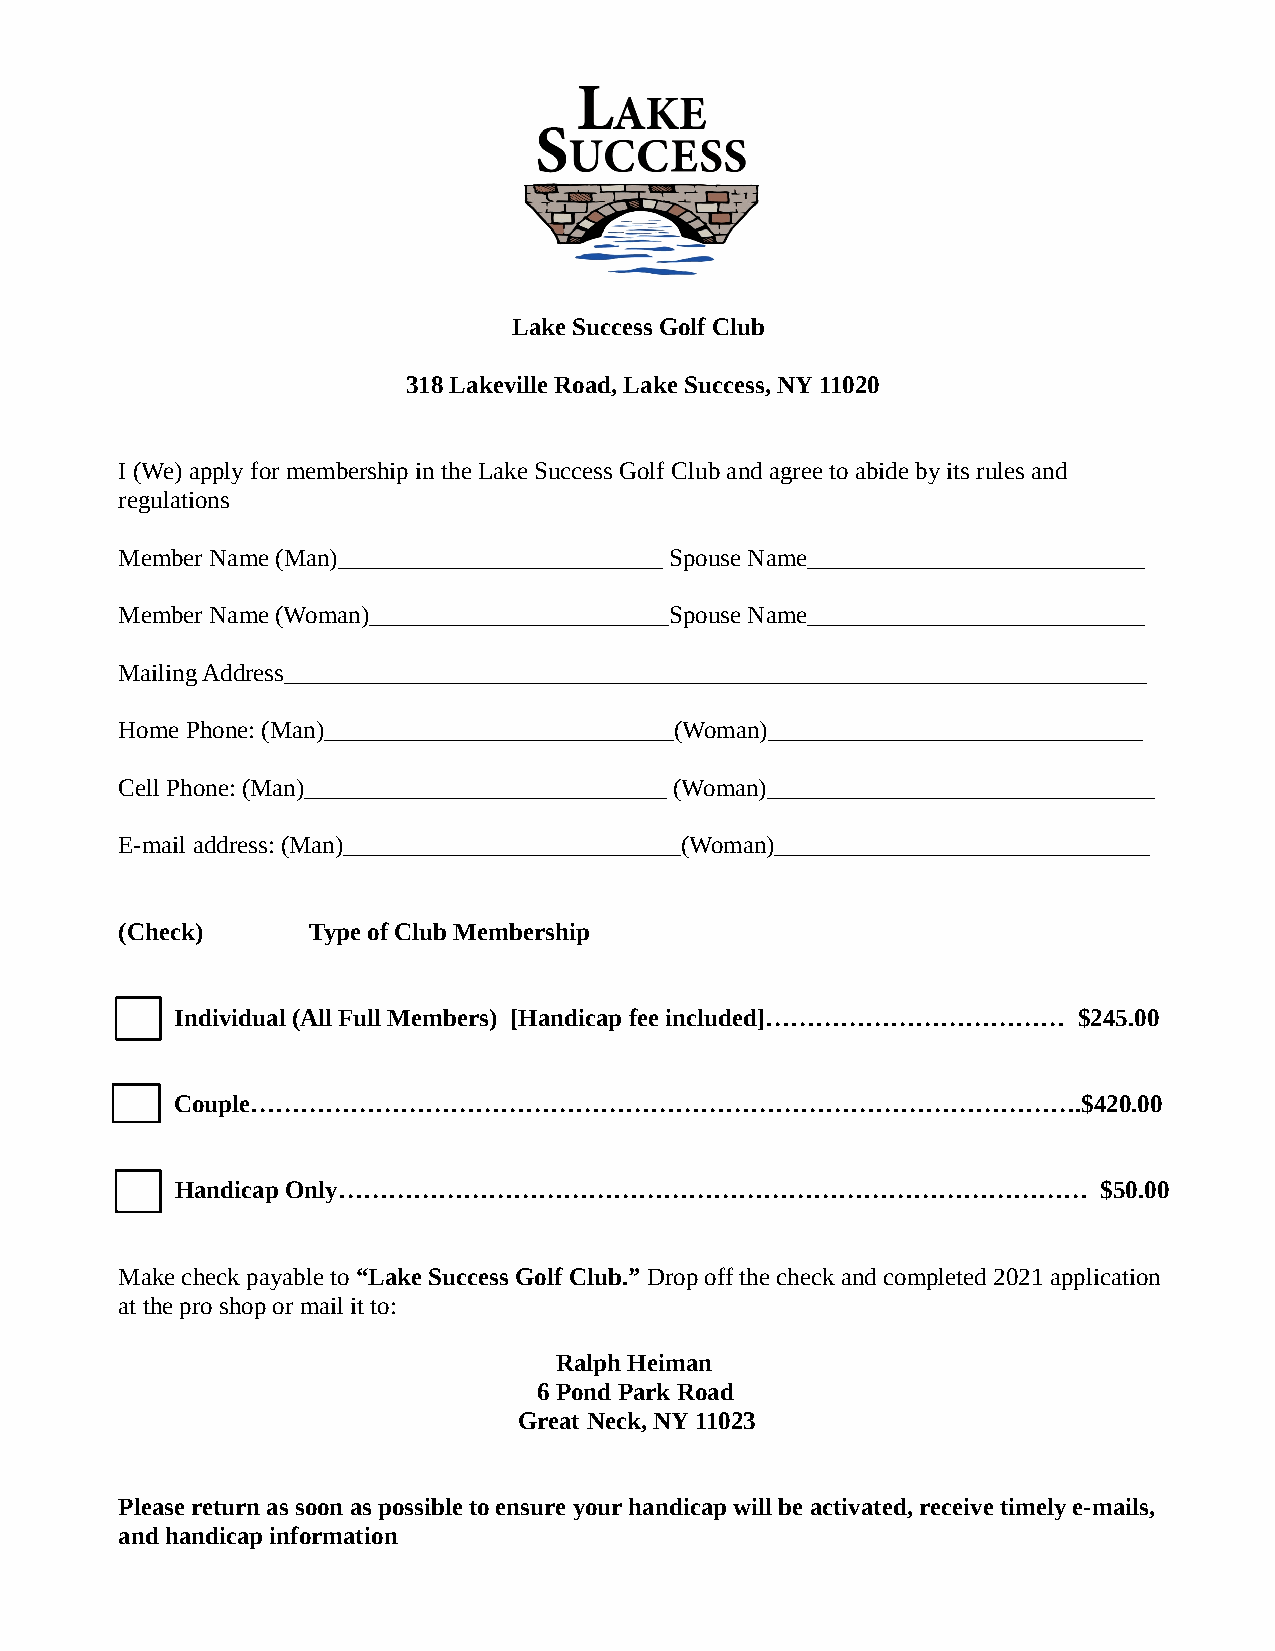
Lake Success Golf Club
 318 Lakeville Road, Lake Success, NY 11020
 I (We) apply for membership in the Lake Success Golf Club and agree to abide by its rules and
 regulations
 Member Name (Man)__________________________ Spouse Name___________________________
 Member Name (Woman)________________________Spouse Name___________________________
 Mailing Address_____________________________________________________________________
 Home Phone: (Man)____________________________(Woman)______________________________
 Cell Phone: (Man)_____________________________ (Woman)_______________________________
 E-mail address: (Man)___________________________(Woman)______________________________
 (Check)     Type of Club Membership
 Individual (All Full Members) [Handicap fee included]……………………………… $245.00
 Couple……………………………………………………………………………………….$420.00
 Handicap Only………………………………………………………………………………                  $50.00
 Make check payable to “Lake Success Golf Club.” Drop off the check and completed 2021 application
 at the pro shop or mail it to:
 Ralph Heiman
 6 Pond Park Road
 Great Neck, NY 11023
 Please return as soon as possible to ensure your handicap will be activated, receive timely e-mails,
 and handicap information